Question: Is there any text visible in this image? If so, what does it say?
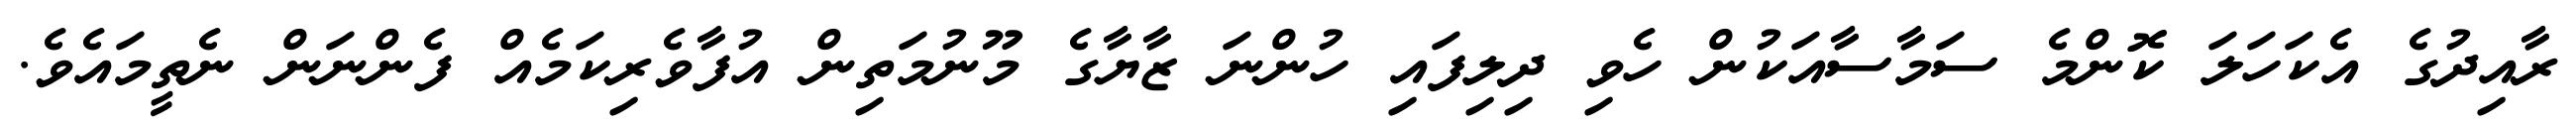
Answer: ރާއިދުގެ އެކަހަލަ ކޮންމެ ސަމާސާއަކުން ހެވި ދިލިފައި ހުންނަ ޒާޔާގެ މޫނުމަތިން އުފާވެރިކަމެއް ފެންނަން ނެތީމައެވެ.